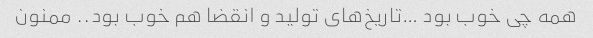
همه چی خوب بود …تاریخ‌های تولید و انقضا هم خوب بود.. ممنون